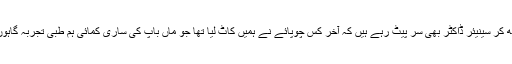
اس صورت حال کو دیکھ کر سینیئر ڈاکٹر بھی سر پیٹ رہے ہیں کہ آخر کس چوپائے نے ہمیں کاٹ لیا تھا جو ماں باپ کی ساری کمائی ہم طبی تجربہ گاہوں میں پھونک کر آ گئے۔